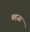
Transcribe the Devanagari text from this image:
बहजा